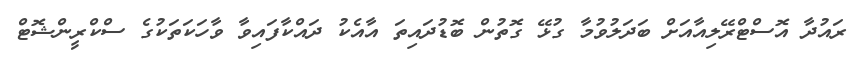
ރައުދާ އޮސްޓްރޭލިއާއަށް ބަދަލުވުމާ ގުޅޭ ގޮތުން ބޮޑުދައިތަ އާއެކު ދައްކާފައިވާ ވާހަކަތަކުގެ ސްކްރީންޝޮޓް